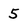
Character: 5